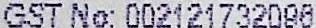
GST NO: 002121732096